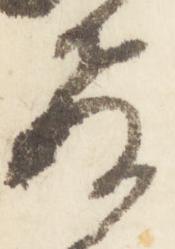
教